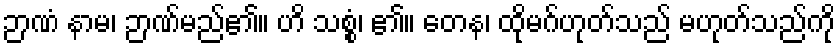
ဉာဏံ နာမ၊ ဉာဏ်မည်၏။ ဟိ သစ္စံ၊ ၏။ တေန၊ ထိုမဂ်ဟုတ်သည် မဟုတ်သည်ကို